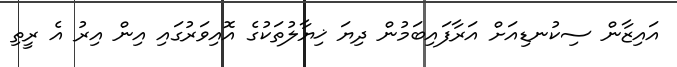
އައިޒާން ސިކުނޑިއަށް އަރާފައިބަމުން ދިޔަ ޚިޔާލުތަކުގެ އޮއިވަރުގައި އިން އިރު އެ ރީތި